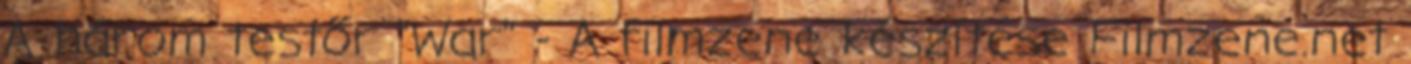
A három testőr "War" - A filmzene készítése Filmzene.net